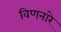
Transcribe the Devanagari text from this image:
विणनारे